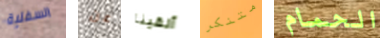
السفلية عن ألقينا متنكر الحمام